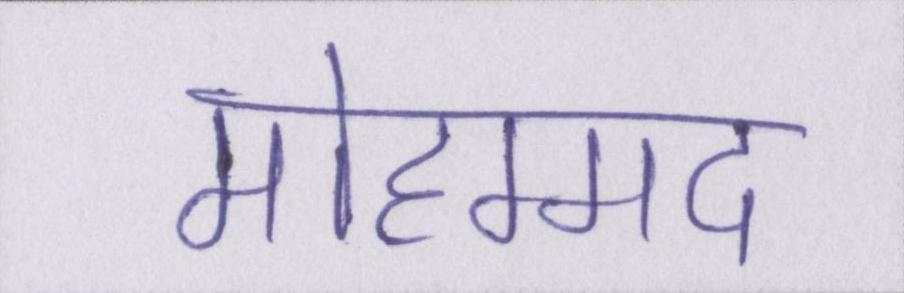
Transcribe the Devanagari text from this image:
मोहम्मद